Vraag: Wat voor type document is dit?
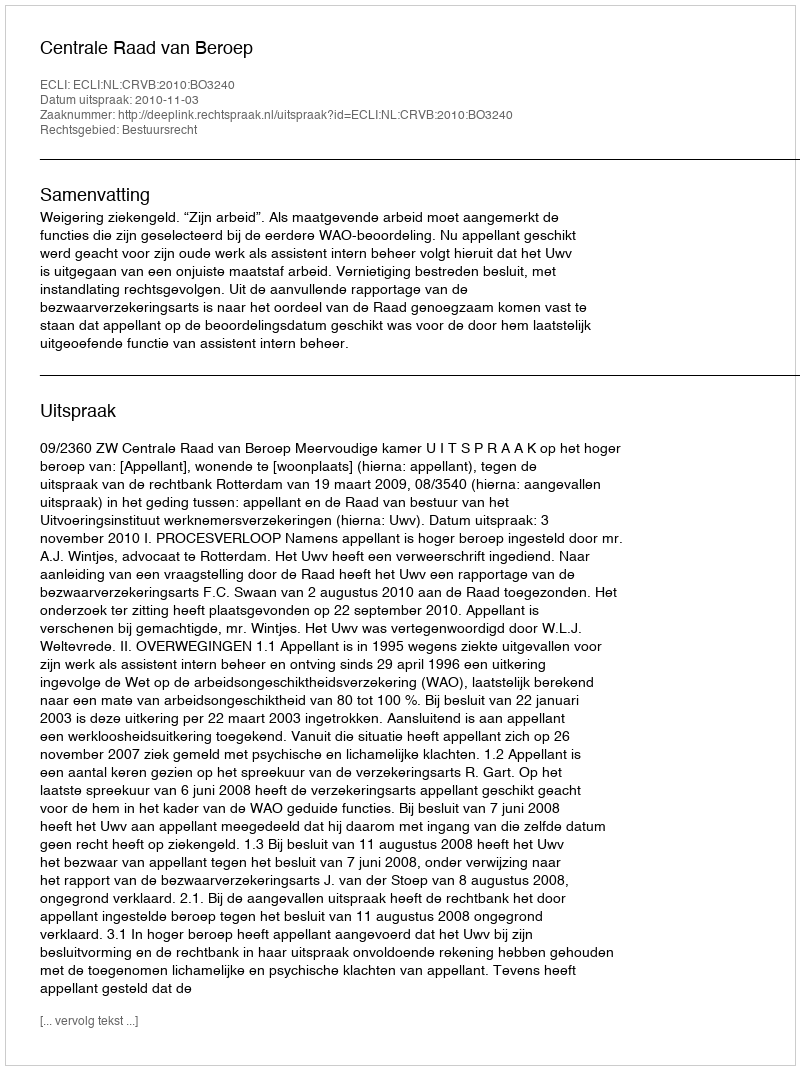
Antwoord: Uitspraak